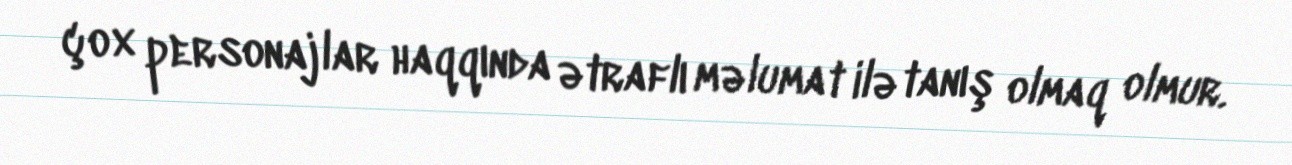
çox personajlar haqqında ətraflı məlumat ilə tanış olmaq olmur.